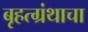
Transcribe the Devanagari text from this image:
बृहत्ग्रंथाचा